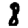
Digit: 8